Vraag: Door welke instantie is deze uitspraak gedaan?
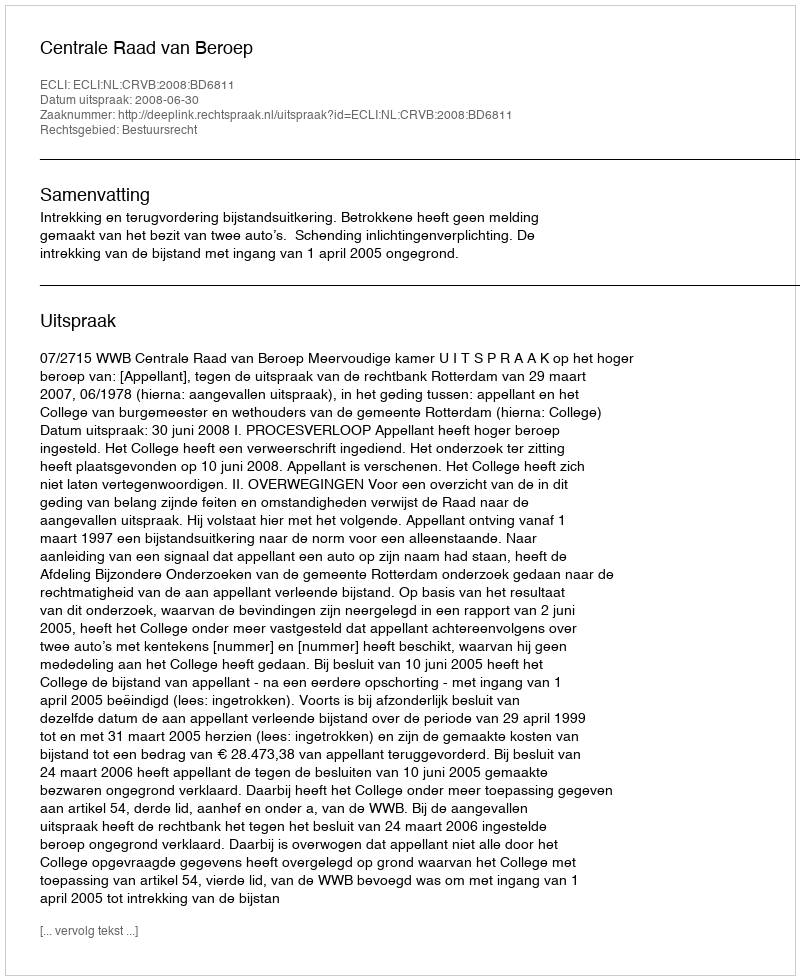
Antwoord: Centrale Raad van Beroep